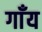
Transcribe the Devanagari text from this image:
गाँय